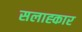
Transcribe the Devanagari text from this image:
सलाह्कार